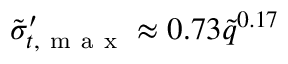
\tilde { \sigma } _ { t , \mathrm { ~ m ~ a ~ x ~ } } ^ { \prime } \approx 0 . 7 3 \tilde { q } ^ { 0 . 1 7 }